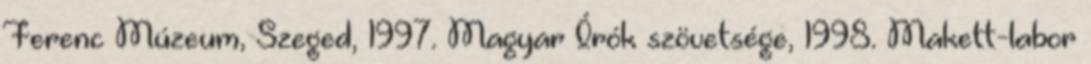
Ferenc Múzeum, Szeged, 1997. Magyar Írók szövetsége, 1998. Makett-labor